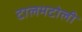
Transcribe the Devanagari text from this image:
टालमटोली